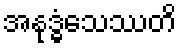
အနုဒ္ဓံသေဿတိ